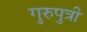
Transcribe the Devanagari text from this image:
गुरुपुत्री